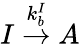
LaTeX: I\stackrel{k_{b}^{I}}{\rightarrow}A